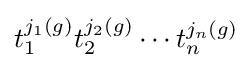
t_{1}^{j_{1}(g)}t_{2}^{j_{2}(g)}\cdots t_{n}^{j_{n}(g)}